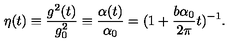
\eta ( t ) \equiv { \frac { g ^ { 2 } ( t ) } { g _ { 0 } ^ { 2 } } } \equiv { \frac { \alpha ( t ) } { \alpha _ { 0 } } } = ( 1 + { \frac { b \alpha _ { 0 } } { 2 \pi } } t ) ^ { - 1 } .